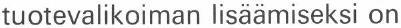
tuotevalikoiman lisäämiseksi on